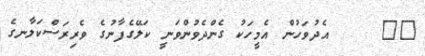
٣٠     އެދުވަހުން އެމީހަކު ގެންދެވުންވަނީ ކަލޭގެފާނުގެ ވެރިރަސްކަލާނގެ